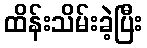
ထိန်းသိမ်းခဲ့ပြီး